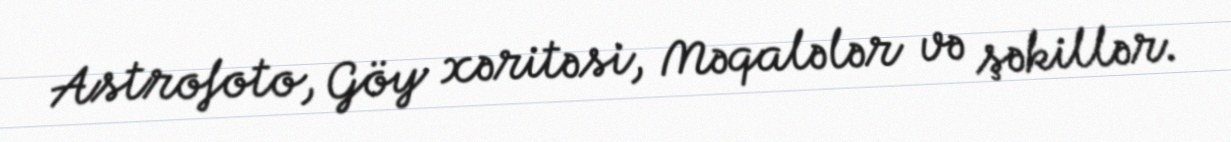
Astrofoto, Göy xəritəsi, Məqalələr və şəkillər.